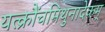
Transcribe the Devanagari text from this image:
यत्क्रौंचमिथुनादेकम्